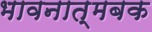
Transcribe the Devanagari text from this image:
भावनात्मबक